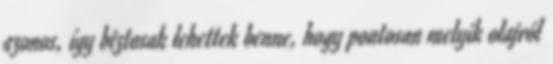
azonos, így biztosak lehettek benne, hogy pontosan melyik olajról